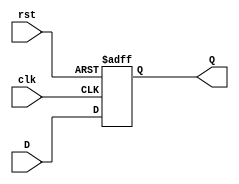
module DFlipFlop_NEW
 (input clk, input rst, input D, output reg Q);
 always @ (posedge clk or posedge rst)
 if (rst) begin
 Q <= 0;
 end else begin
 Q <= D;
 end
endmodule